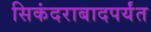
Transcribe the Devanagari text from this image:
सिकंदराबादपर्यंत